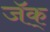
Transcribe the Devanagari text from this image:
जॅक्